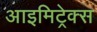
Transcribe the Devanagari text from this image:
आइमिट्रेक्स